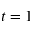
t = 1